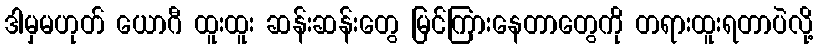
ဒါမှမဟုတ် ယောဂီ ထူးထူး ဆန်းဆန်းတွေ မြင်ကြားနေတာတွေကို တရားထူးရတာပဲလို့